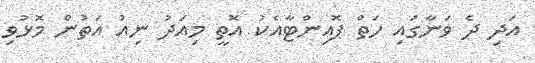
އަދި ދެ ވަނާގައި ހަތް ޕޮއިންޓާއެކު އޮތީ މިއަދު ނިއު އަތުން މޮޅުވި